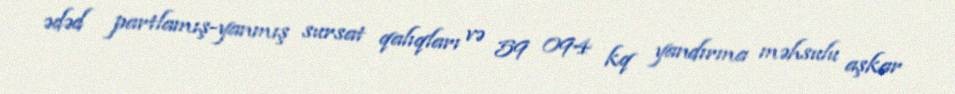
ədəd partlamış-yanmış sursat qalıqları və 59 094 kq yandırma məhsulu aşkar